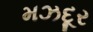
મઝદૂર